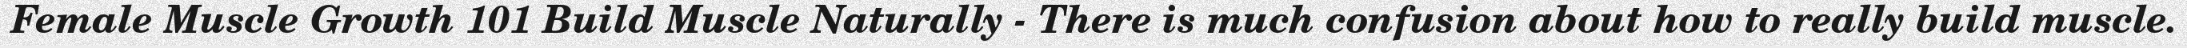
Female Muscle Growth 101 Build Muscle Naturally - There is much confusion about how to really build muscle.